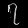
Digit: ၇